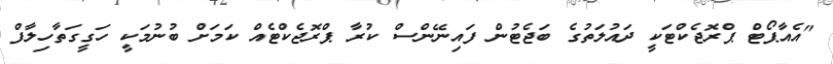
"އެއާޕޯޓް ޕްރޮޖެކްޓަކީ ދައުލަތުގެ ބަޖެޓުން ފައިނޭންސް ކުރާ ޕްރޮޖެކްޓެއް ކަމަށް ބުނުމަކީ ހަގީގަތާހިލާފް